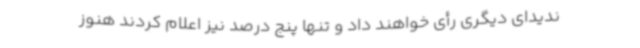
ندیدای دیگری رأی خواهند داد و تنها پنج درصد نیز اعلام کردند هنوز